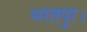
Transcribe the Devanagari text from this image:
भरतपुर।